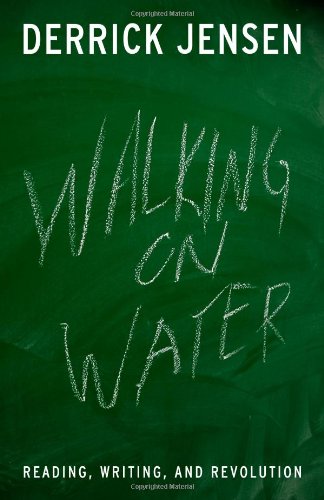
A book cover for Walking on Water: Reading, Writing and Revolution; Derrick Jensen; Biographies & Memoirs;